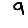
Digit: 9